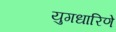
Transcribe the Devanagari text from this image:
युगधारिणे